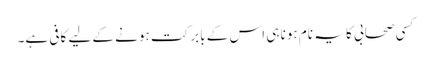
کسی صحابی کا یہ نام ہونا ہی اس کے بابرکت ہونے کے لیے کافی ہے۔